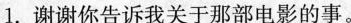
1.谢谢你告诉我关于那部电影的事。